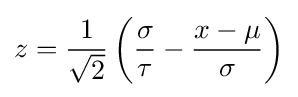
z={\frac {1}{\sqrt {2}}}\left({\frac {\sigma }{\tau }}-{\frac {x-\mu }{\sigma }}\right)